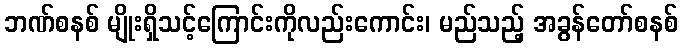
ဘဏ်စနစ် မျိုးရှိသင့်ကြောင်းကိုလည်းကောင်း၊ မည်သည့် အခွန်တော်စနစ်